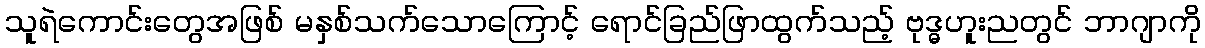
သူရဲကောင်းတွေအဖြစ် မနှစ်သက်သောကြောင့် ရောင်ခြည်ဖြာထွက်သည့် ဗုဒ္ဓဟူးညတွင် ဘာဂျာကို